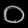
Digit: ၀